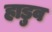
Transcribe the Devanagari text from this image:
हाडुव